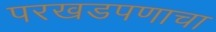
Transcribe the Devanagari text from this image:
परखडपणाचा